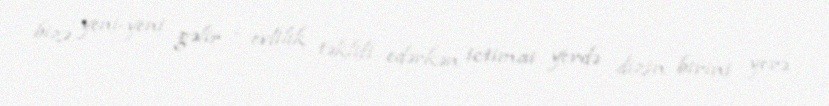
bizə yeni-yeni gəlir – evlilik təklifi edərkən ictimai yerdə dizin birini yerə